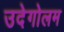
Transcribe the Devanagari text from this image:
उदेगोलम